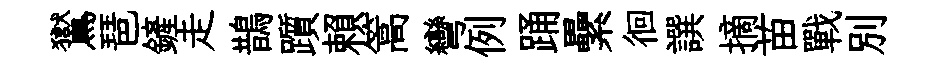
鸑琶鏟走鵲躓賴篙彎例踊纍徊譔摘苗戰别